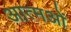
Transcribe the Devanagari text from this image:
आत्मओं